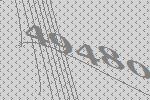
49480